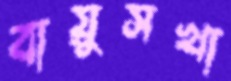
বায়ুসখা